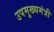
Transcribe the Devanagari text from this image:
उपमुख्‍यमंत्री